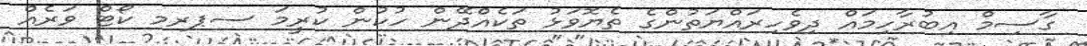
ގާސިމް އިބުރާހިމައް ދިވެހިރައްޔަތުންގެ ތެޔޮވަޅު ތަކެއްދޭން ހުކުން ކުރީމަ ސޕރމ ކޯޓް ވަރެއް